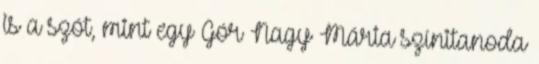
is a szót, mint egy Gór Nagy Mária színitanoda